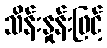
သိန်းနှုန်းဖြင့်